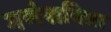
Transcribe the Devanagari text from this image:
गणेशविद्या